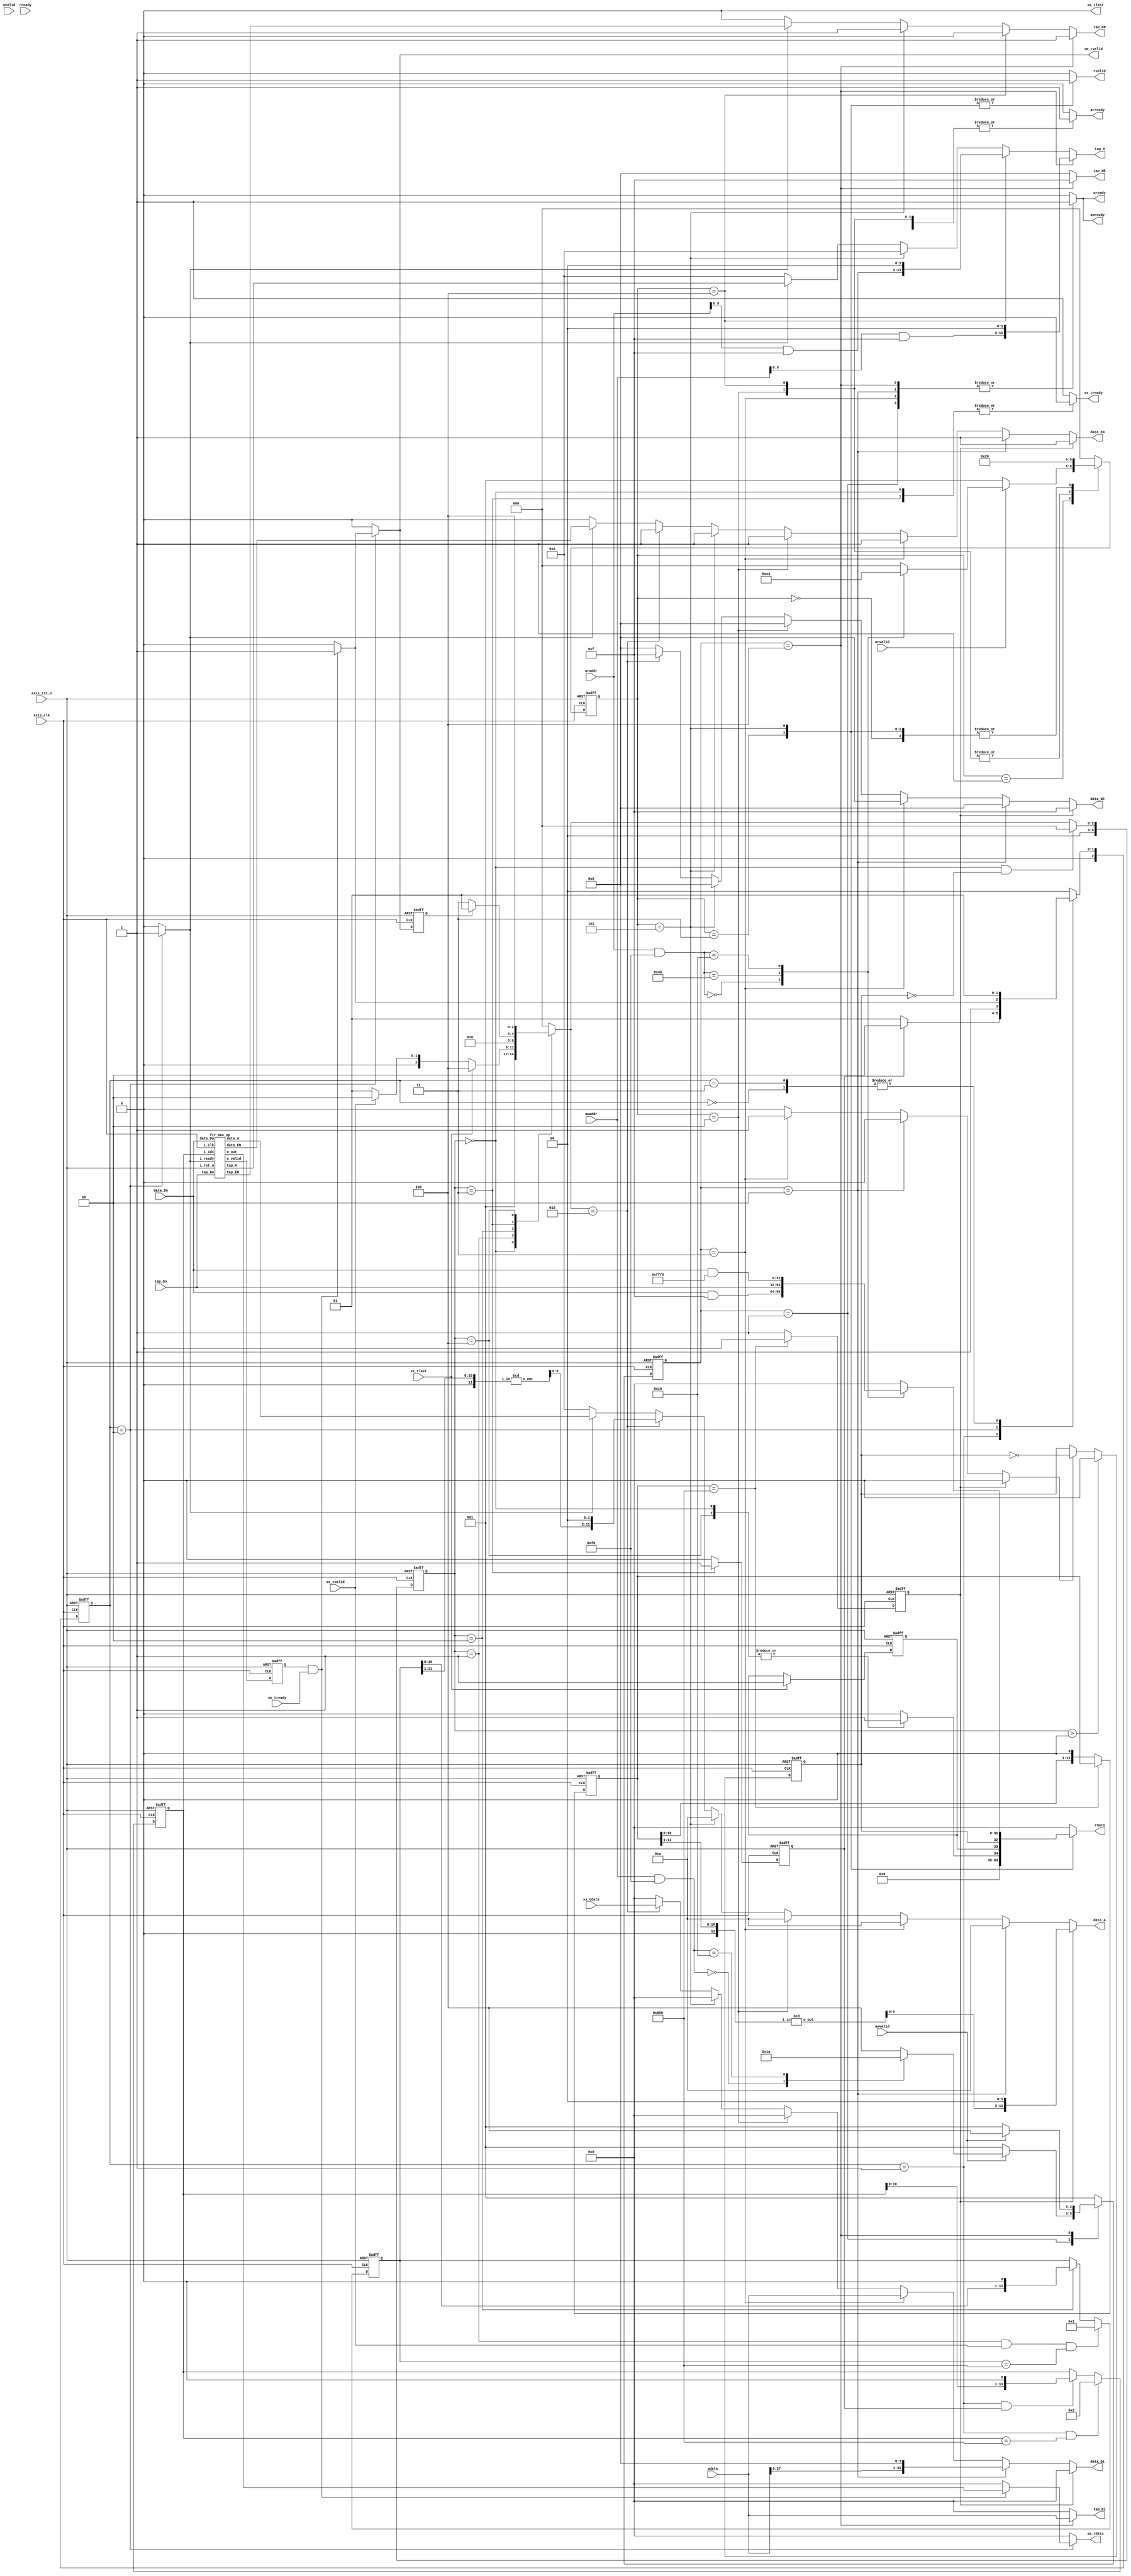
`timescale 1ns / 1ps
module fir 
#(  parameter pADDR_WIDTH = 12,
    parameter pDATA_WIDTH = 32,
    parameter Tape_Num    = 11
)
(
    output  wire                     awready,
    output  wire                     wready,
    input   wire                     awvalid,
    input   wire [(pADDR_WIDTH-1):0] awaddr,
    input   wire                     wvalid,
    input   wire [(pDATA_WIDTH-1):0] wdata,
   
    output  wire                     arready,
    input   wire                     rready,
    input   wire                     arvalid,
    input   wire [(pADDR_WIDTH-1):0] araddr,
    output  wire                     rvalid,
    output  wire [(pDATA_WIDTH-1):0] rdata,    
    
    
    input   wire                     ss_tvalid, 
    input   wire [(pDATA_WIDTH-1):0] ss_tdata, 
    input   wire                     ss_tlast, 
    output  wire                     ss_tready, 
    
    input   wire                     sm_tready, 
    output  wire                     sm_tvalid, 
    output  wire [(pDATA_WIDTH-1):0] sm_tdata, 
    output  wire                     sm_tlast, 
    
    // bram for tap RAM
    output  wire [3:0]               tap_WE,
    output  wire                     tap_EN,
    output  wire [(pDATA_WIDTH-1):0] tap_Di,
    output  wire [(pADDR_WIDTH-1):0] tap_A,
    input   wire [(pDATA_WIDTH-1):0] tap_Do,

    // bram for data RAM
    output  wire [3:0]               data_WE,
    output  wire                     data_EN,
    output  wire [(pDATA_WIDTH-1):0] data_Di,
    output  wire [(pADDR_WIDTH-1):0] data_A,
    input   wire [(pDATA_WIDTH-1):0] data_Do,

    input   wire                     axis_clk,
    input   wire                     axis_rst_n
);

reg ap_start_reg, ap_idle_reg, ap_done_reg;
parameter IDX_W = 12;

//--------------- AXILITE READ  --------------------//
// 0. output
reg rvalid_r, arready_r;
reg [(pDATA_WIDTH-1):0] rdata_r;
parameter [2:0] AR_IDLE = 0, AR_RADDR = 1, AR_DLEN = 2, AR_AP = 3, AR_COEF = 4, AR_MEMA = 5;//, AR_GETD = 6;

reg [2:0] ar_state_ps, ar_state_nx;
always @(posedge axis_clk, negedge axis_rst_n) begin
	if(!axis_rst_n) begin
		ar_state_ps <= AR_RADDR;	
	end else begin
		ar_state_ps <= ar_state_nx;
	end
end

always @(*) begin
	ar_state_nx = AR_IDLE;
	case(ar_state_ps) 
		AR_IDLE: begin
			ar_state_nx = AR_RADDR;
		end
		AR_RADDR: begin
			if(arvalid) begin
				case(araddr & (8'hf0))
					8'h0: begin//ap_*
						ar_state_nx = AR_AP;
					end
					8'h40: begin//coef
						ar_state_nx = AR_COEF;
					end
					8'h10: begin//data len
						ar_state_nx = AR_DLEN;
					end
				endcase
			end else begin
				ar_state_nx <= AR_RADDR;	
			end
		end
		AR_DLEN: begin
			ar_state_nx = AR_MEMA;
		end
		AR_AP: begin
			ar_state_nx = AR_RADDR;
		end
		AR_COEF: begin
			ar_state_nx = AR_MEMA;
		end
		AR_MEMA: begin//tap_mem addr need one cycle to send
			ar_state_nx = AR_RADDR;
			//if(!arvalid) ar_state_nx = AR_RADDR;
			//else ar_state_nx = AR_GETD;
		end
		/*
		AR_GETD: begin
			ar_state_nx = AR_RADDR;
		end
		*/
	endcase
end
//rvalid, arready, rdata
always @(*) begin
	rvalid_r = 0;
	arready_r = 0;
	rdata_r = 0;
	case(ar_state_ps)
		AR_RADDR: begin
			arready_r = 1;
		end
		AR_DLEN: begin
			arready_r = 1;
		end
		AR_AP: begin
			rvalid_r = 1;
			//rdata_r = 1;
			arready_r = 1;
			rdata_r = {{29{1'b0}}, ap_idle_reg, ap_done_reg, ap_start_reg};	
		end
		AR_COEF: begin
			arready_r = 1;
		end
		AR_MEMA: begin
			rvalid_r = 1;
			case(araddr & (8'hf0))
				8'h0: begin//ap_*
					rdata_r = (data_Do & 32'hf);
				end
				8'h40: begin//coef
					rdata_r = tap_Do;
				end
				8'h10: begin//data len
					rdata_r = (data_Do & 32'hfff0);
				end
			endcase 
		end
		/*
		AR_GETD: begin
			rvalid_r = 1;
			case(araddr_reg & (8'hf0))
				8'h0: begin//ap_*
					rdata_r = (data_Do & 32'hf);
				end
				8'h20: begin//coef
					rdata_r = tap_Do;
				end
				8'h10: begin//data len
					rdata_r = (data_Do & 32'hfff0);
				end
			endcase 
		end
		*/
	endcase
end

//--------------- AXILITE WRITE --------------------//
// In WAIT=> begin ready to receive, go to next state till get the valid signal.

//0. output
reg awready_r, wready_r;

parameter [2:0] AW_IDLE = 0, AW_RADDR = 1, AW_DLEN = 2, AW_AP = 3, AW_COEF = 4;
reg [2:0] aw_state_ps, aw_state_nx;
// 1. update aw_state_ps
always @(posedge axis_clk, negedge axis_rst_n) begin
	if(!axis_rst_n) begin
		aw_state_ps <= AW_IDLE;
	end else begin
		aw_state_ps <= aw_state_nx;
	end
	
end
// 2. update aw_state_nx  3. update data: awready, wready, 
always @(*) begin
	aw_state_nx = AW_RADDR;
	awready_r = 0;
	wready_r = 0;
	case(aw_state_ps)
		AW_IDLE: begin
			aw_state_nx = AW_RADDR;
		end
		AW_RADDR: begin
			aw_state_nx = AW_RADDR;
			awready_r = 1;
			wready_r = 1;
			if(awvalid) begin

				case(awaddr & 8'hf0)
					8'h0: begin//ap
						aw_state_nx = AW_AP;
					end
					8'h10: begin//data_length
						aw_state_nx = AW_DLEN;
					end
					8'h40: begin//coef
						aw_state_nx = AW_COEF;
					end
					default: begin
						aw_state_nx = AW_COEF;
					end
				endcase
			end
		end
		AW_DLEN: begin
			awready_r = 1;
			wready_r = 1;
			aw_state_nx = AW_RADDR;
		end
		AW_AP: begin
			awready_r = 1;
			wready_r = 1;
			aw_state_nx = AW_RADDR;
		end
		AW_COEF: begin
			awready_r = 1;
		 	wready_r = 1;
			aw_state_nx = AW_COEF;
			if(!awvalid) aw_state_nx = AW_RADDR;
		end
	endcase
end	
//------------ Initialize data memory(Xin) ----------//

reg [IDX_W-1:0] init_data_mem_cnt;
reg init_data_mem_EN;
wire [IDX_W-1:0] init_data_mem_cnt_10base;
always @(posedge axis_clk, negedge axis_rst_n) begin
	if(!axis_rst_n) begin
		init_data_mem_cnt <= 1;
		init_data_mem_EN <= 0;
	end else if(init_data_mem_cnt == 12'h800) begin
		init_data_mem_cnt <= init_data_mem_cnt;
		init_data_mem_EN <= 0;
	end else begin//begin from 12'h2
		init_data_mem_cnt <= init_data_mem_cnt << 1;
		init_data_mem_EN <= 1;
	end
end

bcd init_mem_bcd(.i_in(init_data_mem_cnt >> 1), .o_out(init_data_mem_cnt_10base));


//--------------- AXI Stream(ss_*, Xin) -------------//


parameter [4:0] SS_IDLE = 0, SS_RADDR = 1, SS_READX = 2, SS_WAIT = 3, SS_LAST = 4;
reg [4:0] ss_state_ps, ss_state_nx;


always @(posedge axis_clk, negedge axis_rst_n) begin
	if(!axis_rst_n) begin
		ss_state_ps <= SS_IDLE;
	//end else if(!ap_start_r) begin
	//	ss_state_ps <= SS_IDLE;
	end else if (ss_state_ps == SS_IDLE && !ap_start_reg)begin
		ss_state_ps <= SS_IDLE;
	end else 
		ss_state_ps <= ss_state_nx;
end

//count_ss_readx_r
reg [IDX_W-1:0] count_ss_readx_r;

always @(posedge axis_clk, negedge axis_rst_n) begin
	if(!axis_rst_n) begin
		count_ss_readx_r <= 1;
	//end else if(count_ss_readx_r == 12'h800) begin
	//	count_ss_readx_r <= 1;
	//end
	end else if((ss_state_ps == SS_RADDR) && ss_tvalid && (count_ss_readx_r == 12'h800)) begin
		count_ss_readx_r <= 1'b1;
	end else if(ss_state_ps == SS_READX) begin
		count_ss_readx_r <= count_ss_readx_r << 1;
	end else begin
		count_ss_readx_r <= count_ss_readx_r;
	end
end

reg ss_read1x_r, ss_read1x_rr;
always @(posedge axis_clk, negedge axis_rst_n) begin
	if(!axis_rst_n) begin
		ss_read1x_rr <= 0;
	end else begin
		ss_read1x_rr <= ss_read1x_r;
	end
end

reg sm_finish_cal1y_rr, sm_finish_cal1y_r;
always @(posedge axis_clk, negedge axis_rst_n) begin
	if(!axis_rst_n) begin
		sm_finish_cal1y_rr <= 0;
	end else begin
		sm_finish_cal1y_rr <= sm_finish_cal1y_r;
	end
end



//ss_state_nx, sendy_r
reg sm_finish11_r;
reg ss_tready_r;
reg ss_read1x;
always @(*) begin
	ap_idle_reg = 0;
	ss_state_nx = SS_IDLE;
	ss_tready_r = 1;
	ss_read1x = 0;
	ss_read1x_r = 0;
	case(ss_state_ps)
		
		SS_IDLE: begin
			ap_idle_reg = 1;
			ss_tready_r = 0;
			ss_state_nx = SS_RADDR;
		end
		SS_RADDR: begin
			ss_tready_r = 1;//@@
			if(ss_tlast) begin
				ss_state_nx = SS_LAST;
			end else if(ss_tvalid) begin
				ss_state_nx = SS_READX;
			end else begin
				ss_state_nx = SS_RADDR;
			end
		end
		SS_READX: begin
			ss_state_nx = SS_WAIT;
			//if(count_ss_readx_r == 12'h1) ss_state_nx = SS_WAIT;
			//else 				ss_state_nx = SS_RADDR;
		end
		SS_WAIT: begin
			ss_tready_r = 0;
			ss_read1x = 1;
			ss_read1x_r = 1;
			if(sm_finish_cal1y_rr) ss_state_nx = SS_RADDR;
			else ss_state_nx = SS_WAIT;
			
		end
		SS_LAST: begin
			ap_idle_reg = 1;
			ss_state_nx = SS_LAST;
		end
		
	endcase
end


//--------------- AXI Stream(sm_*, Yout) ------------//
parameter [2:0] SM_IDLE = 0, SM_RADDR = 1, SM_CALY = 2, SM_DONE11 = 3; 

reg [2:0] sm_state_ps, sm_state_nx;

reg [IDX_W-1:0] count_sm_mac_r;

always @(posedge axis_clk, negedge axis_rst_n) begin
	if(!axis_rst_n) begin
		count_sm_mac_r <= 1;
	end else if (sm_state_ps == SM_RADDR && (count_sm_mac_r == 12'h800)) begin
		count_sm_mac_r <= 2;
	end else if(sm_state_ps == SM_RADDR && (ss_read1x_rr)) begin
	//end else if(sm_state_ps == SM_RADDR && (count_ss_readx_r > 11'h1)) begin//TODO   and "what to set when equals to 10" //TODO
		count_sm_mac_r <= (count_sm_mac_r << 1);//TODO
	end else begin
		count_sm_mac_r <= count_sm_mac_r;
	end
end

//1. sm_state_ps
always @(posedge axis_clk, negedge axis_rst_n) begin
	if(!axis_rst_n) begin
		sm_state_ps <= SM_IDLE;
	end else begin
		sm_state_ps <= sm_state_nx;
	end
end

reg sm_ready_caly_r;
wire sm_valid_gety;
reg sm_valid_gety_r;
always @(posedge axis_clk, negedge axis_rst_n) begin
	if(!axis_rst_n) begin
		sm_valid_gety_r <= 0;
	end else begin
		sm_valid_gety_r <= sm_valid_gety;
	end
end



reg sm_tvalid_r, sm_tlast_r;
reg [pDATA_WIDTH-1:0] sm_tdata_r;
wire [pDATA_WIDTH-1:0] sm_fir_mac_out;


//2. sm_state_nx, 3. data: sm_tvalid_r, sm_tdata_r, sm_tlast_r//TODO
always @(*) begin
	sm_finish11_r = 0;
	sm_state_nx = SM_IDLE;
	sm_ready_caly_r = 0;
	sm_tvalid_r = 0;
	sm_tdata_r = 0;
	sm_tlast_r = 0;
	sm_finish_cal1y_r = 0;
	case(sm_state_ps)
		SM_IDLE: begin
			sm_state_nx = SM_RADDR;
		end
		SM_RADDR: begin
			if(ss_read1x_rr) begin
			//if(count_ss_readx_r > 12'h1) begin// When ss finish the X0 read 
				sm_state_nx = SM_CALY;
				/*
				if(count_sm_mac_r == 12'h800) begin
					sm_state_nx = SM_DONE11;
					sm_finish11_r = 1;
				end else begin
					//sm_ready_caly_r = 1;
					sm_state_nx = SM_CALY;
				end
				*/
			end else begin
				sm_state_nx = SM_RADDR;
			end
		end
		SM_CALY: begin
			sm_ready_caly_r = 1;
			if (sm_valid_gety_r && sm_tready) begin //TODO  get the desired output and go to the next state
				sm_tdata_r = sm_fir_mac_out;
				sm_tvalid_r = 1;
				//sm_state_nx = SM_RADDR;
				sm_state_nx = SM_DONE11;
				sm_finish_cal1y_r = 1;
			end else begin
				sm_state_nx = SM_CALY;
			end
		
		end
		SM_DONE11: begin
			//$display("\033[35mFIR sm finish 1 yout \033[0m");
			sm_state_nx = SM_RADDR;
		end
	endcase
end


wire sm_data_EN, sm_tap_EN;
wire	[(pADDR_WIDTH-1):0]	sm_data_A, sm_tap_A;
reg 	[pDATA_WIDTH-1:0] 	sm_data_Do_r, sm_tap_Do_r;

always @(*) begin
	sm_data_Do_r = data_Do;
	sm_tap_Do_r = tap_Do;
end

fir_mac_op fir_mac_op(.i_clk(axis_clk), .i_rst_n(axis_rst_n), .i_ready(sm_ready_caly_r), .i_idx(count_sm_mac_r),//if y[0], count_sm_mac_r == 1 
			.o_out(sm_fir_mac_out), .o_valid(sm_valid_gety),
			.data_EN(sm_data_EN), .data_A(sm_data_A), .data_Do(sm_data_Do_r),
			.tap_EN(sm_tap_EN), .tap_A(sm_tap_A), .tap_Do(sm_tap_Do_r));



//---------------  TAP Memory -----------------------//

reg [3:0] tap_WE_r;
reg tap_EN_r;
reg [(pDATA_WIDTH-1):0] tap_Di_r, tap_A_r;


//send arready in RADDR, send araddr in COEF, send EN in MEMA
always @(*) begin
	tap_WE_r = 0;
	tap_EN_r = 0;
	tap_Di_r = 0;
	tap_A_r = 0;
	if(aw_state_ps == AW_COEF) begin
		tap_EN_r = 1;
		tap_WE_r = 4'hf;
		tap_Di_r = wdata;
		tap_A_r = (awaddr & 4'hf) << 2;
	end else if(ar_state_ps == AR_COEF) begin
		tap_EN_r = 0;//1;
		tap_WE_r = 0;
		tap_Di_r = 0;
		tap_A_r = (araddr & 4'hf) << 2;//??
	end else if(ar_state_ps == AR_MEMA) begin
		tap_EN_r = 1;
		tap_WE_r = 0;
		tap_Di_r = 0;
	end else if (sm_ready_caly_r == 1) begin //
		tap_EN_r = sm_tap_EN;
		tap_A_r = sm_tap_A;
	end
end

//------------- DATA Memory(Xin, ap_*) --------------//

reg [3:0] data_WE_r;
reg data_EN_r;
reg [(pDATA_WIDTH-1):0] data_Di_r, data_A_r;



reg ap_start_r;
reg ap_idle_r;
reg ap_done_r;

always @(posedge axis_clk, negedge axis_rst_n) begin
	if(!axis_rst_n) begin
		ap_done_reg <= 0;
	end else if(ss_tlast) begin
		ap_done_reg <= 1;
	end else begin
		ap_done_reg <= ap_done_reg;
	end
end
always @(posedge axis_clk, negedge axis_rst_n) begin
	if(!axis_rst_n) begin
		ap_start_reg <= 0;
	end else if(ss_state_ps > SS_IDLE) begin//RESET after data start to process
		ap_start_reg <= 0;
	end else if(ap_start_r) begin
		ap_start_reg <= ~ap_start_reg;
	end else 
		ap_start_reg <= ap_start_reg;
end

wire [IDX_W-1:0] count_ss_readx_10base;
bcd ss_readx_bcd(.i_in(count_ss_readx_r >> 1), .o_out(count_ss_readx_10base));
always @(*) begin
	data_WE_r = 0;
	data_EN_r = 0;
	data_Di_r = 0;
	data_A_r = 0;
	ap_start_r = 0;
	if(init_data_mem_EN) begin
		data_EN_r = 1;
		data_WE_r = 4'hf;
		data_Di_r = 0;
		data_A_r = (init_data_mem_cnt_10base << 2);
	end else if(aw_state_ps == AW_DLEN) begin
		data_EN_r = 1;
		//data_WE_r = 4'b1110;
		data_Di_r = (wdata << 4);
		data_A_r = 4'd10;
	end else if(aw_state_ps == AW_AP) begin
		data_EN_r = 1;
		//data_WE_r = 4'b0001;
		data_Di_r = wdata;
		data_A_r = 4'd10;
		ap_start_r = 1;
	end else if(ar_state_ps == AR_DLEN) begin
		data_EN_r = 1;
		data_Di_r = 0;
		data_A_r = 4'd10;
	//end else if(ar_state_ps == AR_AP) begin
	//	data_EN_r = 1;
	//	data_A_r = 4'd10;
	end else if(ar_state_ps == AR_MEMA) begin
		data_EN_r = 1;
		data_A_r = 4'd10;
	end else if(ss_state_nx == SS_READX) begin//@@
		data_EN_r = 1;
		data_WE_r = 4'hf;
		data_Di_r = ss_tdata;
		data_A_r = (count_ss_readx_10base) << 2;
	end else if (sm_ready_caly_r == 1) begin //
		data_EN_r = sm_data_EN;
		data_A_r = sm_data_A;
	end
end




// write your code here!
assign awready = awready_r;
assign wready = wready_r;

assign arready = arready_r;
assign rvalid = rvalid_r;
assign rdata = rdata_r;

assign ss_tready = ss_tready_r;
assign sm_tvalid = sm_tvalid_r;
assign sm_tdata = sm_tdata_r;
assign sm_tlast = sm_tlast_r;

assign tap_WE = tap_WE_r;
assign tap_EN = tap_EN_r;
assign tap_Di = tap_Di_r;
assign tap_A = tap_A_r;

assign data_WE = data_WE_r;
assign data_EN = data_EN_r;
assign data_Di = data_Di_r;
assign data_A = data_A_r;


endmodule


//////////////////////////////////////////
//					//
//	     FIR_MAC_OP			//
//					//
//////////////////////////////////////////
//when i_idx == 1, calculate y[0]
//when bcd.i_in == 0010, bcd.o_out == 2
module fir_mac_op#(
	parameter pADDR_WIDTH = 12,
	parameter pDATA_WIDTH = 32,
	parameter IDX_W = 12
	)(
	input 				 i_ready,
	input [IDX_W-1:0] 		 i_idx,
	input 		  		 i_clk,
	input 		  		 i_rst_n,
	
	
	output [(pDATA_WIDTH-1):0] 		 o_out,
	output 				 o_valid,
	
    	output  wire                     data_EN,
    	output  wire [(pADDR_WIDTH-1):0] data_A,
    	input   wire [(pDATA_WIDTH-1):0] data_Do,
    	
	output  wire                     tap_EN,
	output  wire [(pADDR_WIDTH-1):0] tap_A,
	input   wire [(pDATA_WIDTH-1):0] tap_Do				
);
reg data_EN_r, tap_EN_r;
reg [(pADDR_WIDTH-1):0] data_A_r, tap_A_r;
reg [pDATA_WIDTH-1:0] o_out_r_nx, o_out_r_ps;
reg 		      o_valid_r;

assign o_valid = o_valid_r;
assign o_out = o_out_r_ps;
assign data_EN = data_EN_r;
assign data_A = data_A_r;
assign tap_EN = tap_EN_r;
assign tap_A = tap_A_r;


parameter [2:0] IDLE = 3'd0, RADDR = 3'd1, GETD = 3'd2, WAITMEM = 3'd3, SEND_VALID = 3'd4, DONE = 3'd5;

reg [2:0] state_ps, state_nx;

always @(posedge i_clk, negedge i_rst_n) begin
	if(!i_rst_n) begin
		state_ps <= IDLE;
	end else begin
		state_ps <= state_nx;
	end 
end

reg [IDX_W-1:0] count_idx_ps;

always @(posedge i_clk, negedge i_rst_n) begin
	if(!i_rst_n) begin
		count_idx_ps <= i_idx;
	end else if(!i_ready) begin
		count_idx_ps <= i_idx >> 2;
	end else if(state_ps == RADDR && i_ready) begin
		count_idx_ps <= i_idx >> 2;
	//end else if (state_ps == GETD && count_idx_ps == 12'h2) begin
	//	count_idx_ps <= 12'h800;
	end else if (state_ps == GETD) begin
		if(count_idx_ps == 12'h0) count_idx_ps <= 12'h200; 
		else count_idx_ps <= count_idx_ps >> 1;
	end else begin
		count_idx_ps <= count_idx_ps;
	end
end

reg [IDX_W-1:0] x_idx_r;
always @(posedge i_clk, negedge i_rst_n) begin
	if(!i_rst_n) begin
		x_idx_r <= 1;
	end else if(!i_ready) begin
		x_idx_r <= 1;
	end else if(state_ps == RADDR && i_ready) begin
		x_idx_r <= 1;
	end else if(state_ps == GETD) begin
		x_idx_r <= x_idx_r << 1; 
	end else begin
		x_idx_r <= x_idx_r;
	end
end




always @(posedge i_clk, negedge i_rst_n) begin
	if(!i_rst_n) begin
		o_out_r_ps <= 0;
	end else if (state_ps == RADDR) begin
		o_out_r_ps <= 0;
	end else if (state_ps == WAITMEM) begin
		o_out_r_ps <= o_out_r_nx;
	end else begin
		o_out_r_ps <= o_out_r_ps;
	end
end

wire [IDX_W-1:0] count_idx_10base;
bcd fir_bcd(.i_in(count_idx_ps), .o_out(count_idx_10base));// @@ when count_idx_ps == 1, 

wire [IDX_W-1:0] x_idx_10base;
bcd x_bcd(.i_in(x_idx_r >> 1), .o_out(x_idx_10base));

//state_nx, count_idx_nx
//data_A_r, tap_A_r
//data_EN_r, tap_EN_r
//o_out_r_nx
//o_valid_r
always @(*) begin
	state_nx = IDLE;
	o_valid_r = 0;
	o_out_r_nx = 0;
	data_A_r = 0; tap_A_r = 0;
	data_EN_r = 0; tap_EN_r = 0;
	case(state_ps)
		IDLE: begin
			state_nx = RADDR;
		end
		RADDR: begin
			if(i_ready) begin
				state_nx = GETD;
			end else begin
				state_nx = RADDR;
			end
		end
		GETD: begin
			if(x_idx_r != 12'h800) begin
			//if(count_idx_ps != (i_idx >> 1)) begin
			//if((i_idx == 12'h800 && count_idx_ps != 12'h2) 
				//||(i_idx != 12'h800 && count_idx_ps != i_idx)) begin
			//if(count_idx_ps != 1'b1) begin
			 	data_A_r = (x_idx_10base << 2);//TODO
			 	tap_A_r = (count_idx_10base << 2);//TODO
			 	state_nx = WAITMEM;	
			end else begin
				//$display("\033[35mfir_mac_op begin to compute the yout\033[0m");
				state_nx = SEND_VALID;
			end
		end
		WAITMEM: begin
			data_EN_r = 1;
			tap_EN_r = 1;
			o_out_r_nx = o_out_r_ps + data_Do*tap_Do;
			state_nx = GETD;	
		end
		SEND_VALID: begin
		    
		    //$display("\033[32mfir_mac_op finish yout compute \033[0m");
			o_valid_r = 1;
			state_nx = DONE;// NOTICE THAT need to put down the i_ready
		end
		DONE: begin
			state_nx = RADDR;
		end
	endcase
end


endmodule


module bcd#(
	parameter DATA_W = 12	
	)(
	input [DATA_W-1:0]	i_in,
	output [DATA_W-1:0]	o_out
);
reg [DATA_W-1:0] o_out_r;
assign o_out = o_out_r;


integer i;
always @(*) begin
	case(i_in)
		12'b000_0000_0000: o_out_r = 12'd0;
		12'b000_0000_0001: o_out_r = 12'd1;
		12'b000_0000_0010: o_out_r = 12'd2;
		12'b000_0000_0100: o_out_r = 12'd3;
		12'b000_0000_1000: o_out_r = 12'd4;
		
		12'b000_0001_0000: o_out_r = 12'd5;
		12'b000_0010_0000: o_out_r = 12'd6;
		12'b000_0100_0000: o_out_r = 12'd7;
		12'b000_1000_0000: o_out_r = 12'd8;
		12'b001_0000_0000: o_out_r = 12'd9;
		
		12'b010_0000_0000: o_out_r = 12'd10;
		12'b100_0000_0000: o_out_r = 12'd11;
		default: o_out_r = 12'd0;
	endcase
end
endmodule
/*
module bcd_modified#(
    parameter DATA_W = 12
    )(
    input [DATA_W-1:0]  i_in,
    output [DATA_W-1:0] o_out
);
reg [DATA_W-1:0] o_out_r;
assign o_out = o_out_r;


integer i;
always @(*) begin
    case(i_in)
        12'b000_0000_0001: o_out_r = 12'd0;
        12'b000_0000_0010: o_out_r = 12'd1;
        12'b000_0000_0100: o_out_r = 12'd2;
        12'b000_0000_1000: o_out_r = 12'd3;
        12'b000_0001_0000: o_out_r = 12'd4;

        12'b000_0010_0000: o_out_r = 12'd5;
        12'b000_0100_0000: o_out_r = 12'd6;
        12'b000_1000_0000: o_out_r = 12'd7;
        12'b001_0000_0000: o_out_r = 12'd8;
        12'b010_0000_0000: o_out_r = 12'd9;

        12'b100_0000_0000: o_out_r = 12'd10;
        12'b1000_0000_0000: o_out_r = 12'd11;
        default: o_out_r = 12'd0;
    endcase
end

endmodule
*/